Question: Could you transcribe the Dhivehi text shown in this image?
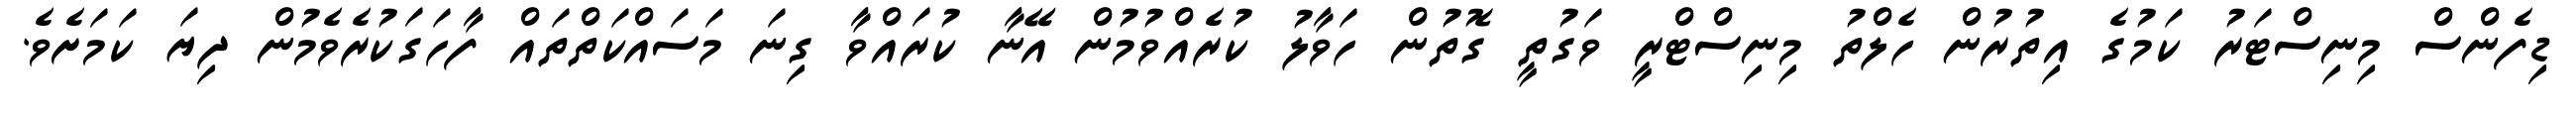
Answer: ޑިފެންސް މިނިސްޓަރު ކަމުގެ އިތުރުން ހެލްތު މިނިސްޓްރީ ވަގުތީ ގޮތުން ހަވާލު ކުރެއްވުމުން އޭނާ ކުރައްވާ ގިނަ މަސައްކަތްތައް ފާހަގަކުރެވެމުން ދިޔަ ކަމަށެވެ.